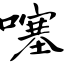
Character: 噻